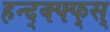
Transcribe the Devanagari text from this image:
हन्द्क्फ्फ्स्